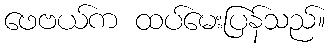
ဖေဗယ်က ထပ်မေးပြန်သည်။